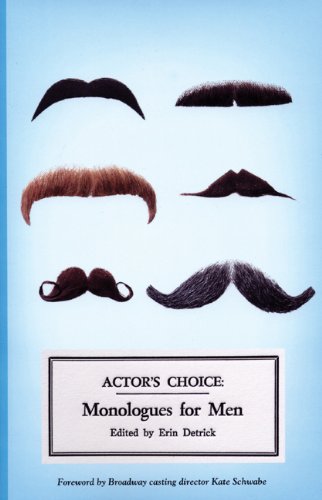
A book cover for Actor's Choice: Monologues for Men; Literature & Fiction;